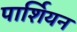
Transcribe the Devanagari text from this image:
पार्शियन